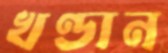
খণ্ডান